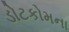
ડોટકોમના